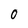
Character: O